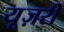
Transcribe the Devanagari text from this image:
यूज़री